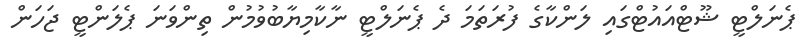
ޕެނަލްޓީ ޝޫޓްއައުޓްގައި ލަންކާގެ ފުރަތަމަ ދެ ޕެނަލްޓީ ނާކާމިޔާބުވުމުން ތިންވަނަ ޕެލަންޓީ ޖަހަން